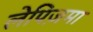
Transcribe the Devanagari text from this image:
लेपिज़मा